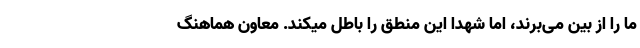
ما را از بین می‌برند، اما شهدا این منطق را باطل میکند. معاون هماهنگ